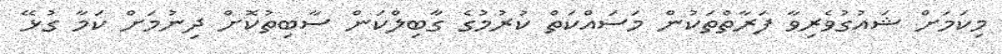
މިކަމަށް ޝައުގުވެރިވާ ފަރާތްތަކުން މަސައްކަތް ކުރުމުގެ ގާބިލްކަން ސާބިތުކޮށް ދިނުމަށް ކަމާ ގުޅޭ